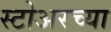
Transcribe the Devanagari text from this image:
स्टोअरच्या